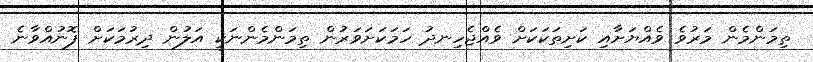
ތިމަންމެން މަރުވެ ވެއްޔަށާއި ކަށިތަކަކަށް ވެއްޖެހިނދު ހަމަކަށަވަރުން ތިމަންމެންނަކީ އަލުން ދިރުމަކަށް ފޮނުއްވާނެ